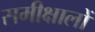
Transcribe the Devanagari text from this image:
समीक्षालों